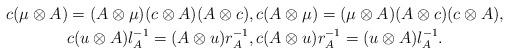
LaTeX: \begin{gather*}c(\mu \otimes A)=(A\otimes \mu )(c\otimes A)(A\otimes c), c(A\otimes \mu )=(\mu \otimes A)(A\otimes c) (c\otimes A),\\ c(u\otimes A)l_{A}^{-1}= ( A\otimes u ) r_{A}^{-1},c(A\otimes u)r_{A}^{-1}= ( u\otimes A ) l_{A}^{-1}. \end{gather*}